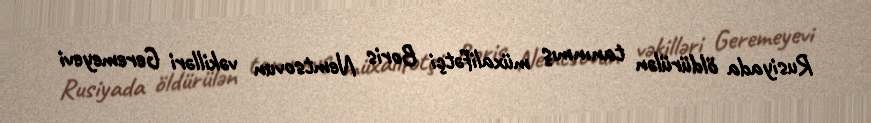
Rusiyada öldürülən tanınmış müxalifətçi Boris Nemtsovun vəkilləri Geremeyevi